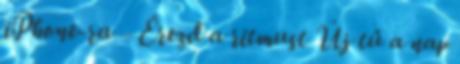
iPhone-ra – Érezd a ritmust Új tű a nap